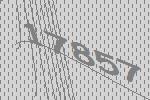
17857